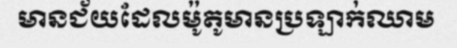
មានជ័យដែលម៉ូតូមានប្រឡាក់ឈាម